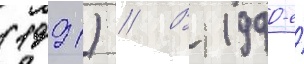
(1991) // В 1990-е́